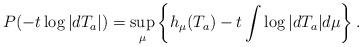
LaTeX: \begin{align*}P(-t\log |dT_a|)=\sup_{\mu}\left\{h_\mu(T_a)-t\int\log |dT_a|d\mu\right\}.\end{align*}